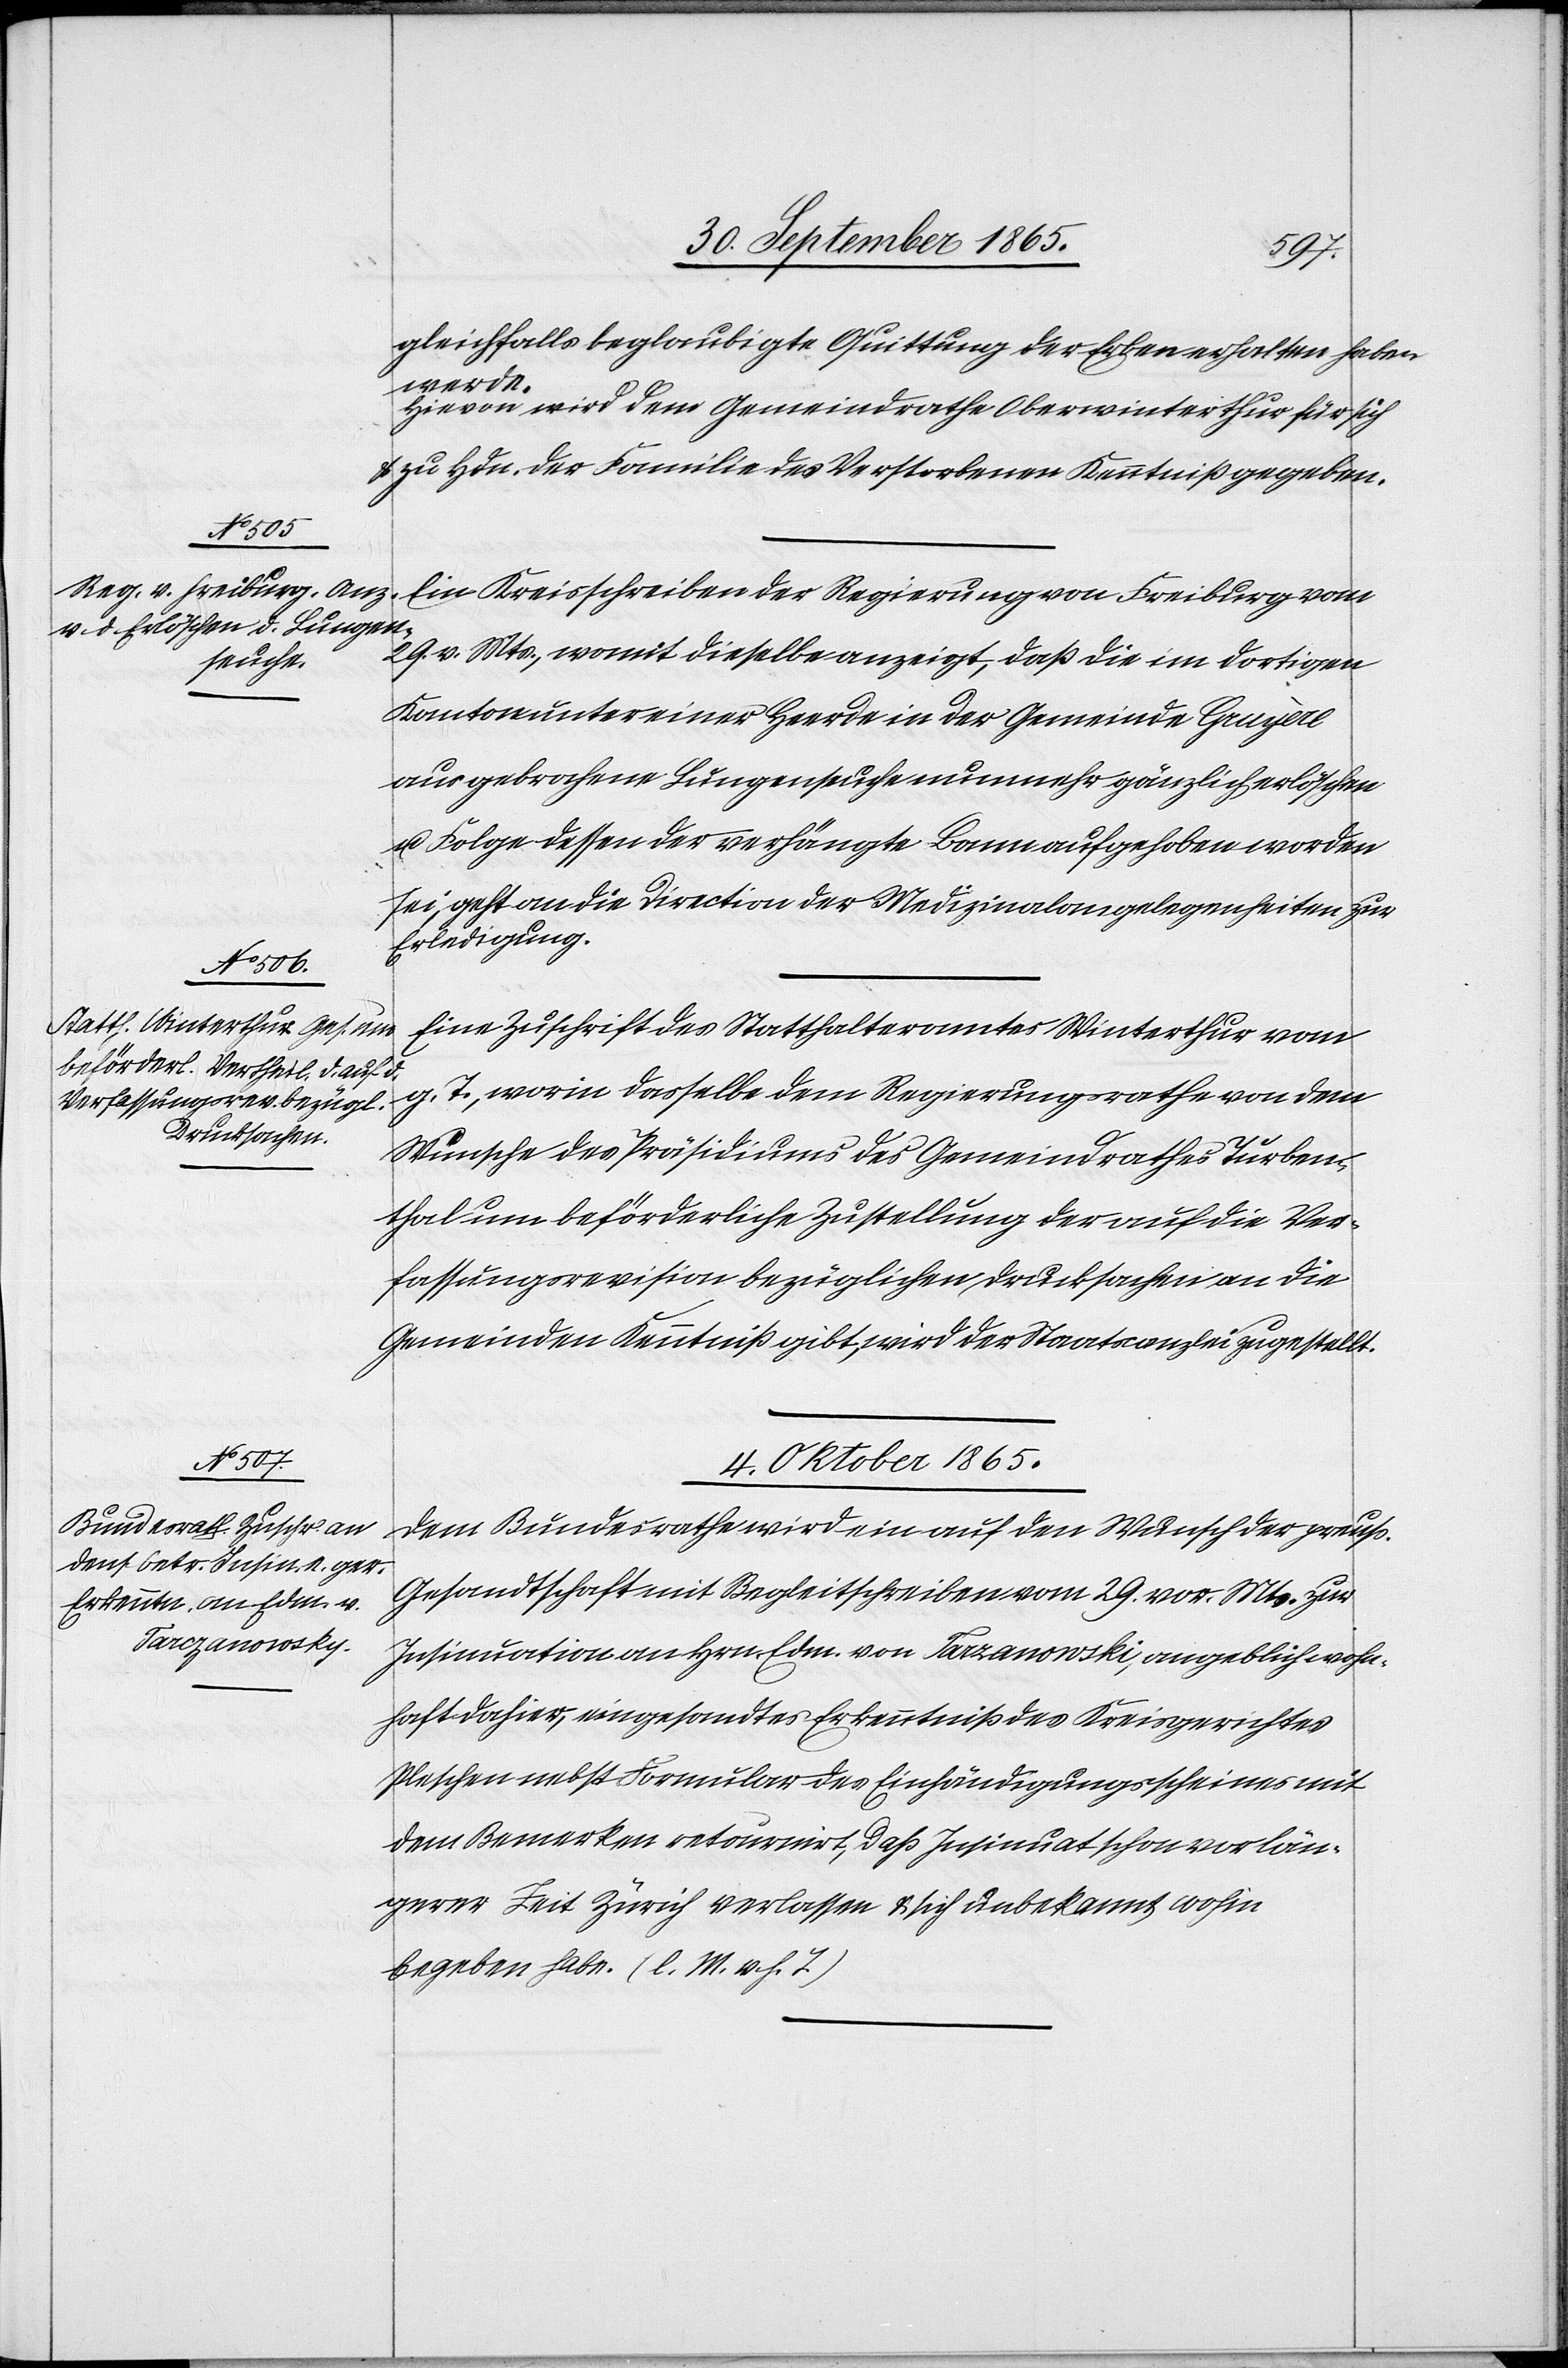
gleichfalls beglaubigte Quittung der Erben erhalten haben
werde.
Hievon wird dem Gemeindrathe Oberwinterthur für sich
u. zu Hdn. der Familie des Verstorbenen Kenntniß gegeben.
Ein Kreisschreiben der Regierung von Freiburg vom
29. v. Mts., womit dieselbe anzeigt, daß die im dortigen
Kanton unter einer Heerde in der Gemeinde Gruyère
ausgebrochene Lungenseuche nunmehr gänzlich erlöschen
u. Folge dessen der verhängte Bann aufgehoben worden
sei, geht an die Direction der Medizinalangelegenheiten zur
Erledigung.
Eine Zuschrift des Statthalteramtes Winterthur vom
g. T., worin dasselbe dem Regierungsrathe von dem
Wunsche des Präsidiums des Gemeindrathes Turben¬
thal um beförderliche Zustellung der auf die Ver¬
fassungsrevision bezüglichen Drucksachen an die
Gemeinden Kenntniß gibt, wird der Staatscanzlei zugestellt.
4. October 1865.
Dem Bundesrathe wird ein auf den Wunsch der preuß.
Gesandtschaft mit Begleitschreiben vom 29. vor. Mts. zur
Insinuation an Hrn. Edm. von Tarzanowski [sic!], angeblich wohn¬
haft dahier, eingesandtes Erkenntniß des Kreisgerichtes
Pleschen nebst Formular des Einhändigungsscheines mit
dem Bemerken retournirt, daß Insinuat schon vor län¬
gerer Zeit Zürich verlassen u. sich unbekannt wohin
begeben habe. (l. M. v. h. T.)